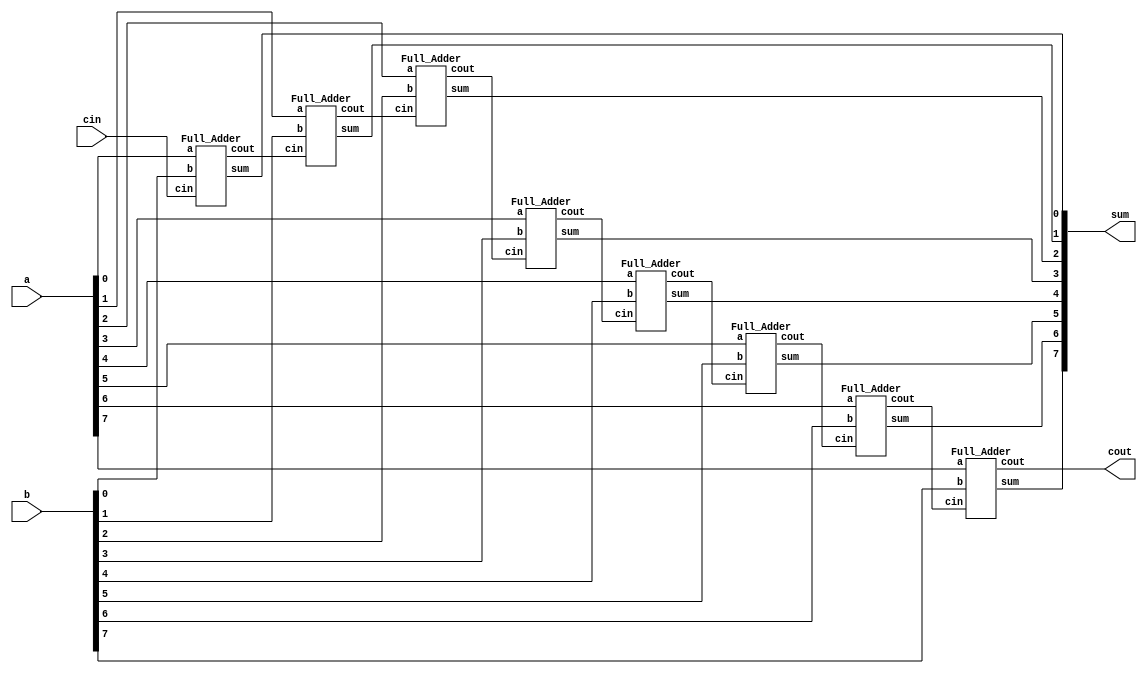
`timescale 1ns/1ps

module Ripple_Carry_Adder(a, b, cin, cout, sum);
input [7:0] a, b;
input cin;
output cout;
output [7:0] sum;

wire [6:0]c;

Full_Adder fa0(a[0], b[0], cin, c[0], sum[0]);
Full_Adder fa1(a[1], b[1], c[0], c[1], sum[1]);
Full_Adder fa2(a[2], b[2], c[1], c[2], sum[2]);
Full_Adder fa3(a[3], b[3], c[2], c[3], sum[3]);
Full_Adder fa4(a[4], b[4], c[3], c[4], sum[4]);
Full_Adder fa5(a[5], b[5], c[4], c[5], sum[5]);
Full_Adder fa6(a[6], b[6], c[5], c[6], sum[6]);
Full_Adder fa7(a[7], b[7], c[6], cout, sum[7]);

endmodule

module Full_Adder (a, b, cin, cout, sum);
input a, b, cin;
output cout, sum;

wire w0;
wire w1, w2, w3;
XOR xor0(a, b, w0);
XOR xor1(w0, cin, sum);
nand nand0(w1, a, b);
nand nand1(w2, a, cin);
nand nand2(w3, b, cin);
nand nand3(cout, w1, w2, w3);
 
endmodule

module Majority(a, b, c, out);
input a, b, c;
output out;

wire w0, w1, w2, w3;

AND a0(a, b, w0), a1(a, c, w1), a2(b, c, w2);
OR o0(w0, w1, w3), o1(w3, w2, out);

endmodule

module AND(a, b, f);
input a, b;
output f;
wire w0;
nand nand0(w0, a, b), nand1(f, w0, w0);
endmodule

module OR(a, b, f);
input a, b;
output f;
wire w0, w1;
nand nand0(w0, a, a), nand1(w1, b, b), nand2(f, w0, w1);
endmodule

module NOT(a, f);
input a;
output f;
nand nand0(f, a, a);
endmodule

module XOR(a, b, f);
input a, b;
output f;
wire w0, w1, w2, w3;
nand nand0(w0, a, a), nand1(w1, b, b);
nand nand2(w2, w0, b), nand3(w3, a, w1);
nand nand4(f, w2, w3);
endmodule